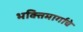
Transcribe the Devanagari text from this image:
भक्तिमार्गाचे